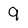
Character: 9